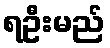
ရဦးမည်